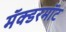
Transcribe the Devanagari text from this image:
मॅक्डरमॉट